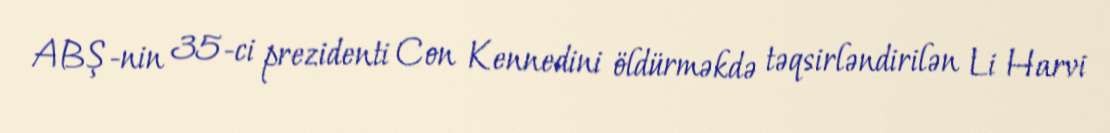
ABŞ-nin 35-ci prezidenti Con Kennedini öldürməkdə təqsirləndirilən Li Harvi